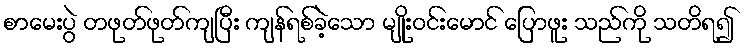
စာမေးပွဲ တဖုတ်ဖုတ်ကျပြီး ကျန်ရစ်ခဲ့သော မျိုးဝင်းမောင် ပြောဖူး သည်ကို သတိရ၍